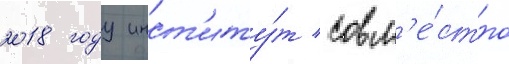
2018 году инст'иту́т совм'е́стно